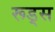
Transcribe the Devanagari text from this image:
रूड्स